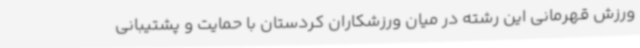
ورزش قهرمانی این رشته در میان ورزشکاران کردستان با حمایت و پشتیبانی